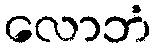
လောဘံ